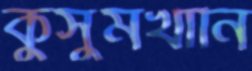
কুসুমখানি